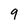
Character: 9